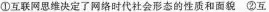
①互联网思维决定了网络时代社会形态的性质和面貌 ②互